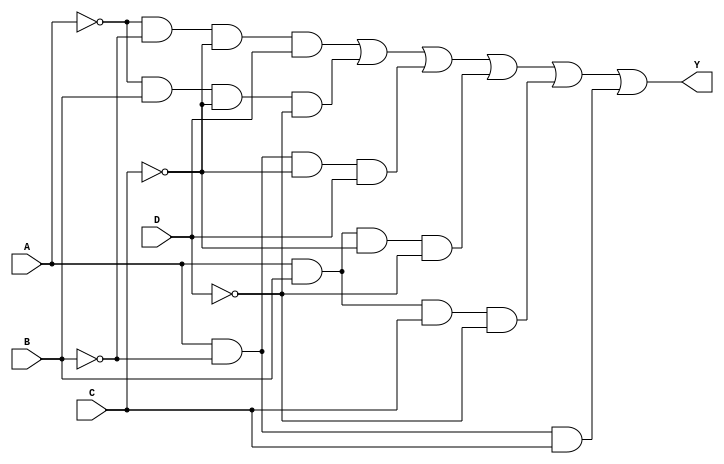
module combinational_logic_block (
    input wire A,    // Input A
    input wire B,    // Input B
    input wire C,    // Input C
    input wire D,    // Input D
    output wire Y    // Output Y
);

// Intermediate signals for the minimized expression
wire notA, notB, notC, notD;
wire term1, term2, term3, term4, term5, term6;

// Inverting inputs
not (notA, A);
not (notB, B);
not (notC, C);
not (notD, D);

// Define the minimized expression based on the derived logic
// Example: Y = A'B'C'D + A'BC'D' + AB'C'D + ABC'D + ABCD' + AB'C
assign term1 = notA & notB & notC & D;     // A'B'C'D
assign term2 = notA & B & notC & notD;     // A'BC'D'
assign term3 = A & notB & notC & D;        // AB'C'D
assign term4 = A & B & notC & notD;        // ABC'D
assign term5 = A & B & C & notD;            // ABCD'
assign term6 = A & notB & C;                // AB'C

// Combine the terms to get the final output
assign Y = term1 | term2 | term3 | term4 | term5 | term6;

endmodule